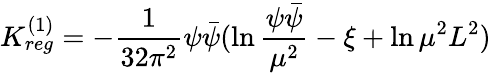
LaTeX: K_{reg}^{(1)}=-\frac{1}{32\pi^{2}}\psi\bar{\psi}(\ln\frac{\psi\bar{\psi}}{\mu^{2}}-\xi+\ln\mu^{2}L^{2})